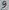
Text: 9